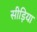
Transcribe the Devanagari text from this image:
सीड़िया